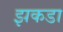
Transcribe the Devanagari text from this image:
झकडा